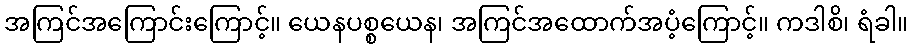
အကြင်အကြောင်းကြောင့်။ ယေနပစ္စယေန၊ အကြင်အထောက်အပံ့ကြောင့်။ ကဒါစိ၊ ရံခါ။